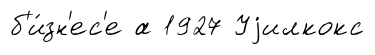
б'и́зн'ес'е а 1927 Уjилкокс